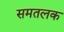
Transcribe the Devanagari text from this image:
समतलक